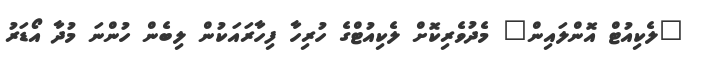
"ލެކިއުޓް އޮންލައިން" މެދުވެރިކޮށް ލެކިއުޓްގެ ހުރިހާ ފިހާރައަކުން ލިބެން ހުންނަ މުދާ އޯޑަރު